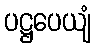
ပဋ္ဌပေယျံ